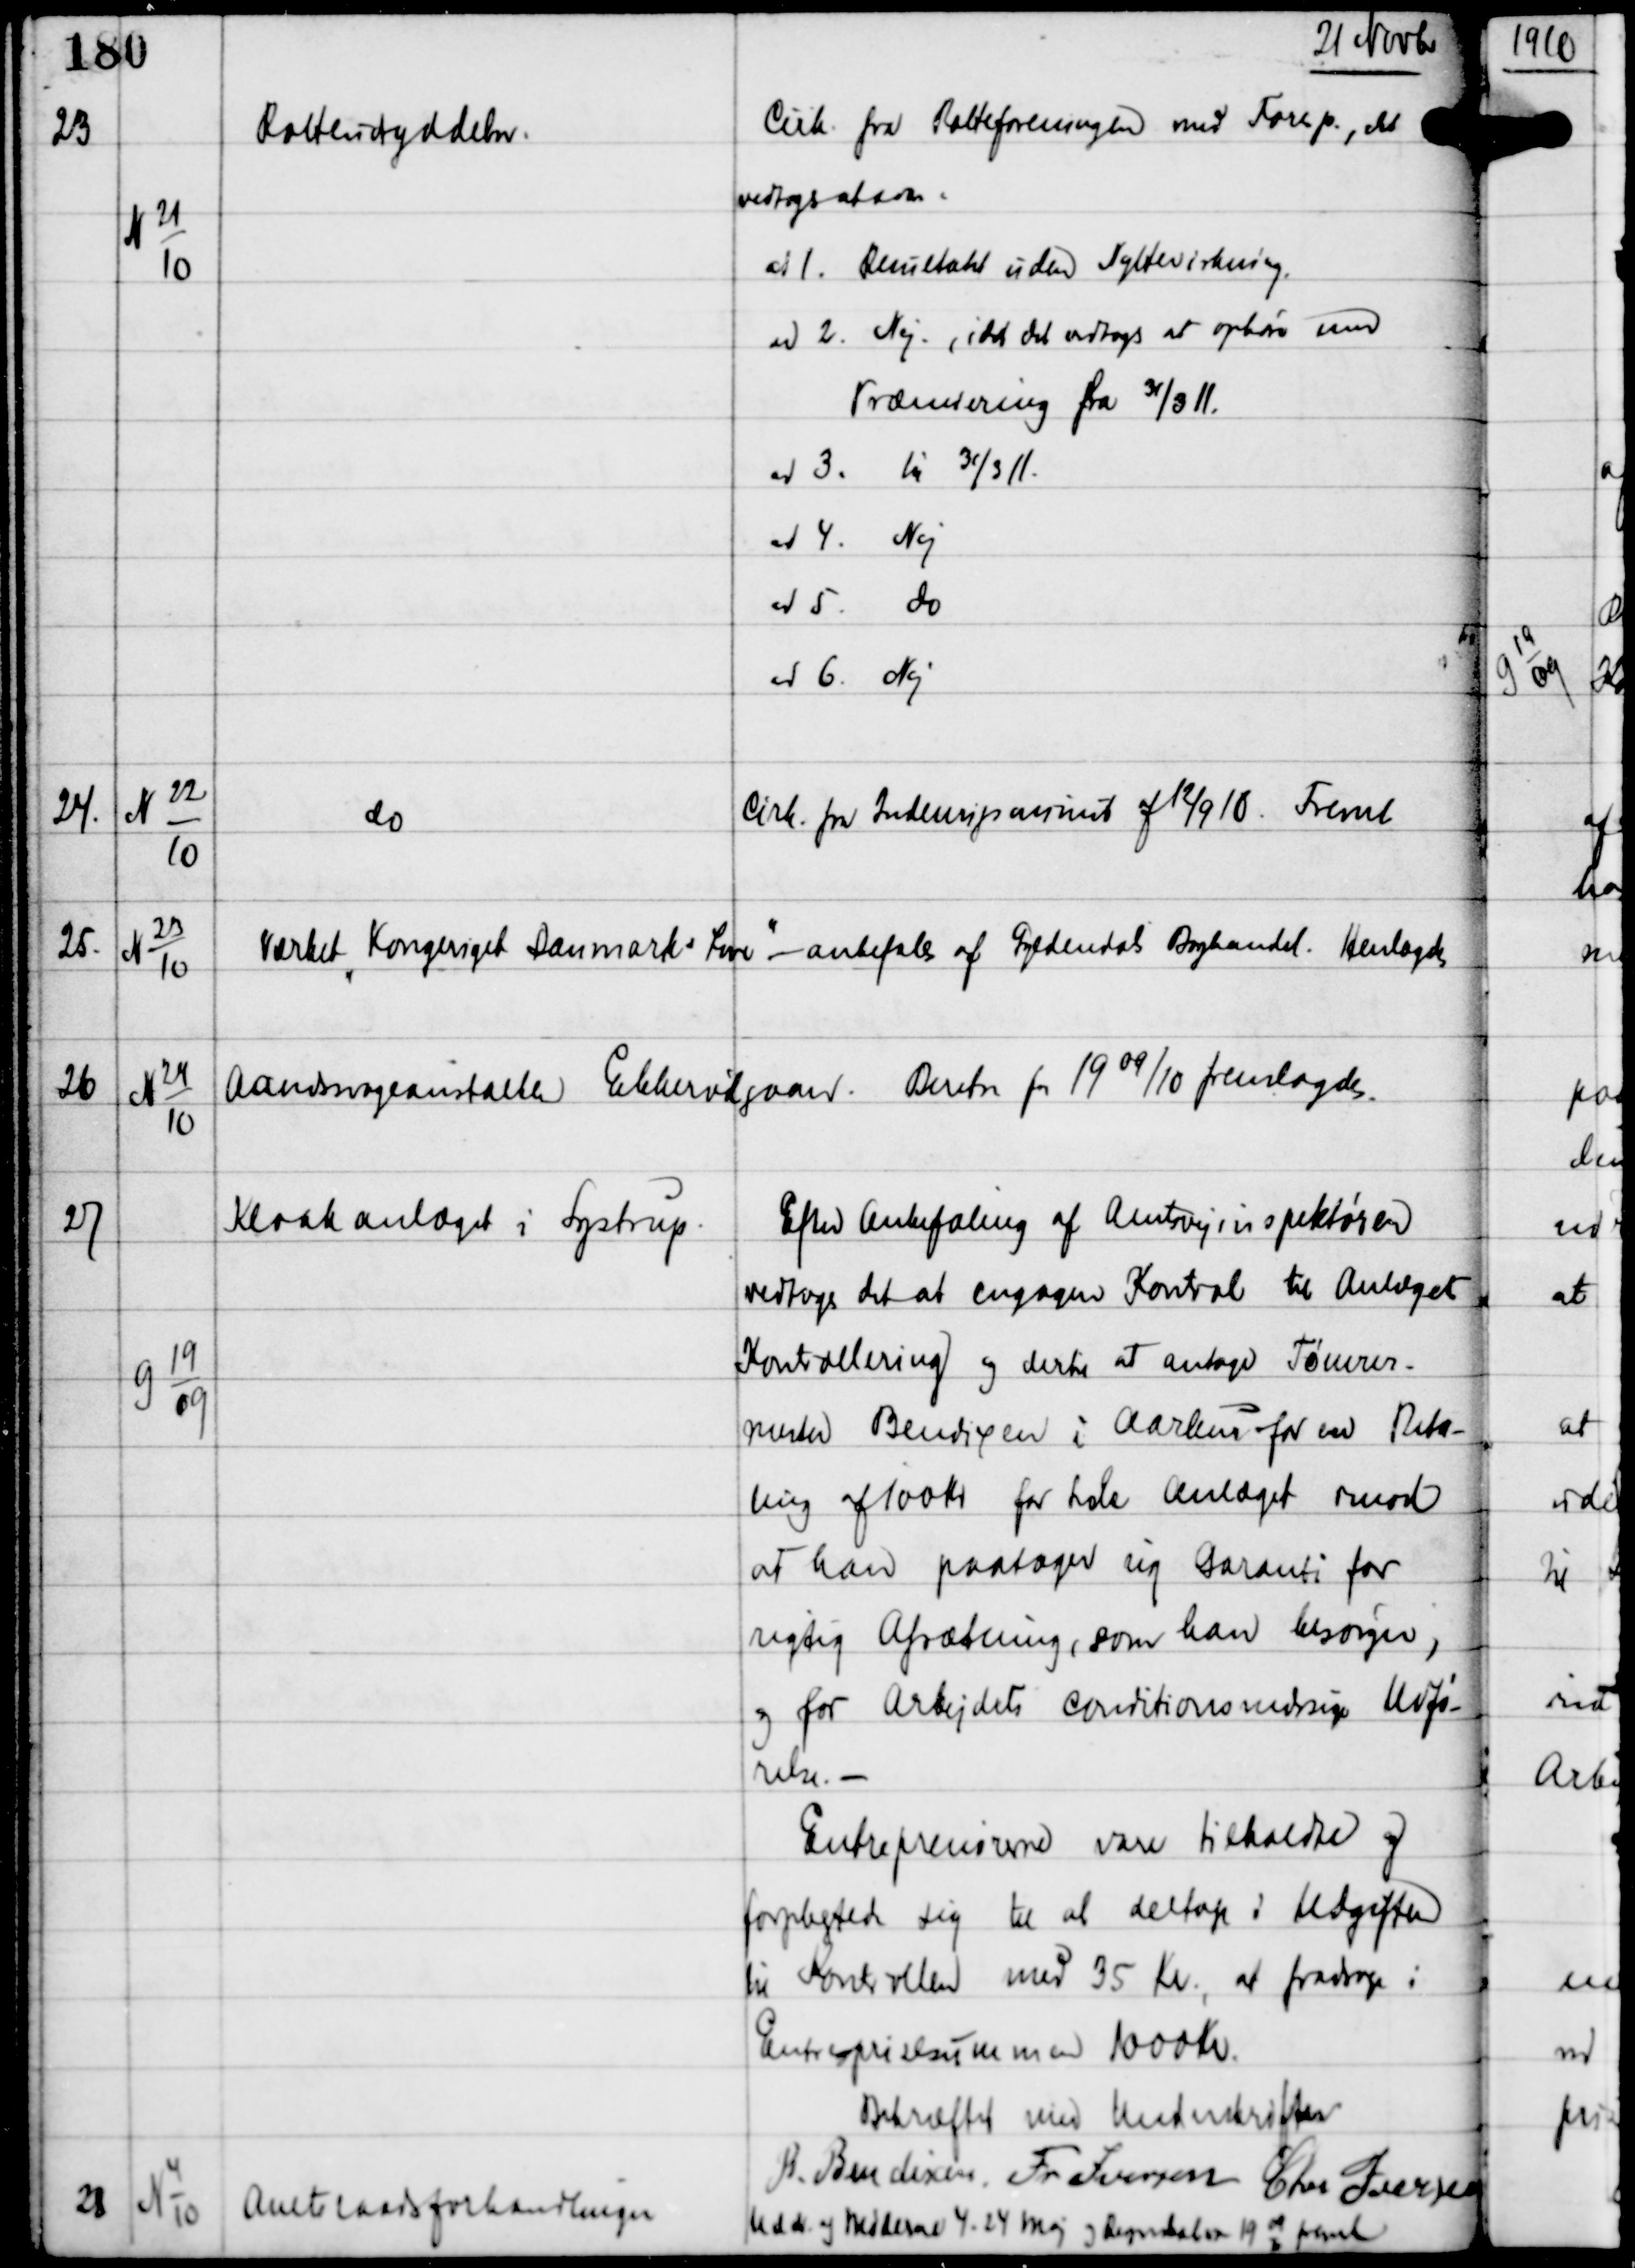
Transskription:
21 Novbr

23

N 21
10

Rotteudrydelse

Cirk fra Rotteforeningen med Foresp., det
vedtoges at svare:
ad 1. Resultatet uden Nyttevirkning
ad 2. Nej, idet det vedtoges at ophøre med
Præmiering fra 31/3 11.
ad 3. til 31/3 11.
ad 4. Nej
ad 5. do
ad 6. Nej

24.

N 22
10

do

Cirk fra Indenrigsminist af 12/9 10. Freml

25.

N 23
10

Værket "Kongeriget Danmarks Love" - anbefales af Gyldendals Boghandel.
Henlagdes

26

N 24
10

Aandsvageanstalten Ebberødgaard.
Beretn fra 1909/10 fremlagdes.

27

G 19
09

Kloakanlæget i Lystrup

Efter Anbefaling af Amtsvejinspektøren
vedtoges det at engagere Kontrol til Anlæget
Kontrollering og dertil at antage Tømrer-
mester Bendixen i Aarhus for en Beta-
ling af 100 Kr for hele Anlæget imod
at han paatager sig Garanti for
rigtig Afrætning, som han besørger,
og for Arbejdets conditionsmæssige Udfø-
relse. -
Entreprenørerne vare tilkaldte og
forpligtede sig til at deltage i Udgiften
til Kontrollen med 35 Kr, at fradrage i
Entreprisesummen 1000 Kr.
Bekræftet med Underskrifter
B. Bendixen
Fr Iversen
Chr Iversen

28

N 4
10

Amtsraadsforhandlinger

Uddr. af Møderne 4. 24 Maj og Regnskaber 19
09
10
freml